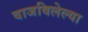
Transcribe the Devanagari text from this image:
वाजविलेल्या